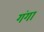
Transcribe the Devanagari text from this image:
गंगां